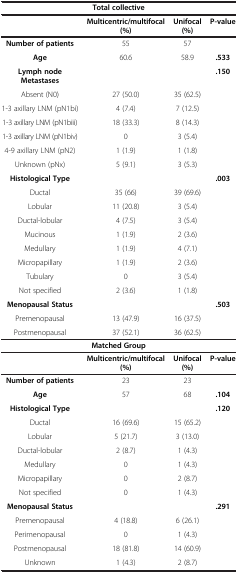
<table><thead><tr><td colspan="4"><b>Total collective</b></td></tr><tr><td><b> </b></td><td><b>Multicentric/multifocal (%)</b></td><td><b>Unifocal (%)</b></td><td><b>P-value</b></td></tr></thead><tbody><tr><td><b>Number of patients</b></td><td>55</td><td>57</td><td> </td></tr><tr><td><b>Age</b></td><td>60.6</td><td>58.9</td><td><b>.533</b></td></tr><tr><td><b>Lymph node Metastases</b></td><td> </td><td> </td><td><b>.150</b></td></tr><tr><td>Absent (N0)</td><td>27 (50.0)</td><td>35 (62.5)</td><td> </td></tr><tr><td>1-3 axillary LNM (pN1bi)</td><td>4 (7.4)</td><td>7 (12.5)</td><td> </td></tr><tr><td>1-3 axillary LNM (pN1biii)</td><td>18 (33.3)</td><td>8 (14.3)</td><td> </td></tr><tr><td>1-3 axillary LNM (pN1biv)</td><td>0</td><td>3 (5.4)</td><td> </td></tr><tr><td>4-9 axillary LNM (pN2)</td><td>1 (1.9)</td><td>1 (1.8)</td><td> </td></tr><tr><td>Unknown (pNx)</td><td>5 (9.1)</td><td>3 (5.3)</td><td> </td></tr><tr><td><b>Histological Type</b></td><td> </td><td> </td><td><b>.003</b></td></tr><tr><td>Ductal</td><td>35 (66)</td><td>39 (69.6)</td><td> </td></tr><tr><td>Lobular</td><td>11 (20.8)</td><td>3 (5.4)</td><td> </td></tr><tr><td>Ductal-lobular</td><td>4 (7.5)</td><td>3 (5.4)</td><td> </td></tr><tr><td>Mucinous</td><td>1 (1.9)</td><td>2 (3.6)</td><td> </td></tr><tr><td>Medullary</td><td>1 (1.9)</td><td>4 (7.1)</td><td> </td></tr><tr><td>Micropapillary</td><td>1 (1.9)</td><td>2 (3.6)</td><td> </td></tr><tr><td>Tubulary</td><td>0</td><td>3 (5.4)</td><td> </td></tr><tr><td>Not specified</td><td>2 (3.6)</td><td>1 (1.8)</td><td> </td></tr><tr><td><b>Menopausal Status</b></td><td> </td><td> </td><td><b>.503</b></td></tr><tr><td>Premenopausal</td><td>13 (47.9)</td><td>16 (37.5)</td><td> </td></tr><tr><td>Postmenopausal</td><td>37 (52.1)</td><td>36 (62.5)</td><td> </td></tr><tr><td colspan="4"><b>Matched Group</b></td></tr><tr><td> </td><td><b>Multicentric/</b><b>multifocal (%)</b></td><td><b>Unifocal (%)</b></td><td><b>P-</b><b>value</b></td></tr><tr><td><b>Number of patients</b></td><td>23</td><td>23</td><td> </td></tr><tr><td><b>Age</b></td><td>57</td><td>68</td><td><b>.104</b></td></tr><tr><td><b>Histological Type</b></td><td> </td><td> </td><td><b>.120</b></td></tr><tr><td>Ductal</td><td>16 (69.6)</td><td>15 (65.2)</td><td> </td></tr><tr><td>Lobular</td><td>5 (21.7)</td><td>3 (13.0)</td><td> </td></tr><tr><td>Ductal-lobular</td><td>2 (8.7)</td><td>1 (4.3)</td><td> </td></tr><tr><td>Medullary</td><td>0</td><td>1 (4.3)</td><td> </td></tr><tr><td>Micropapillary</td><td>0</td><td>2 (8.7)</td><td> </td></tr><tr><td>Not specified</td><td>0</td><td>1 (4.3)</td><td> </td></tr><tr><td><b>Menopausal Status</b></td><td> </td><td> </td><td><b>.291</b></td></tr><tr><td>Premenopausal</td><td>4 (18.8)</td><td>6 (26.1)</td><td> </td></tr><tr><td>Perimenopausal</td><td>0</td><td>1 (4.3)</td><td> </td></tr><tr><td>Postmenopausal</td><td>18 (81.8)</td><td>14 (60.9)</td><td> </td></tr><tr><td>Unknown</td><td>1 (4.3)</td><td>2 (8.7)</td><td> </td></tr></tbody></table>